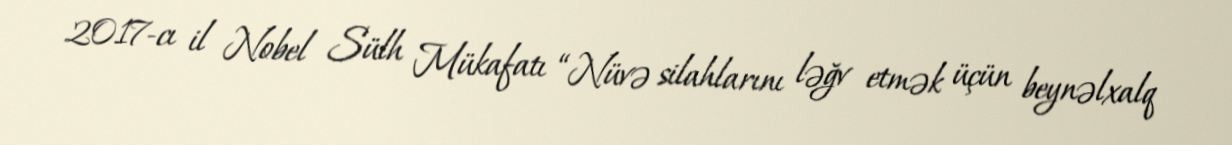
2017-cı il Nobel Sülh Mükafatı “Nüvə silahlarını ləğv etmək üçün beynəlxalq